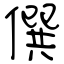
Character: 僎